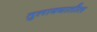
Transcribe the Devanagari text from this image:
तुलाक्यातील